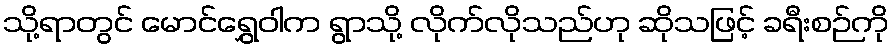
သို့ရာတွင် မောင်ရွှေဝါက ရွာသို့ လိုက်လိုသည်ဟု ဆိုသဖြင့် ခရီးစဉ်ကို